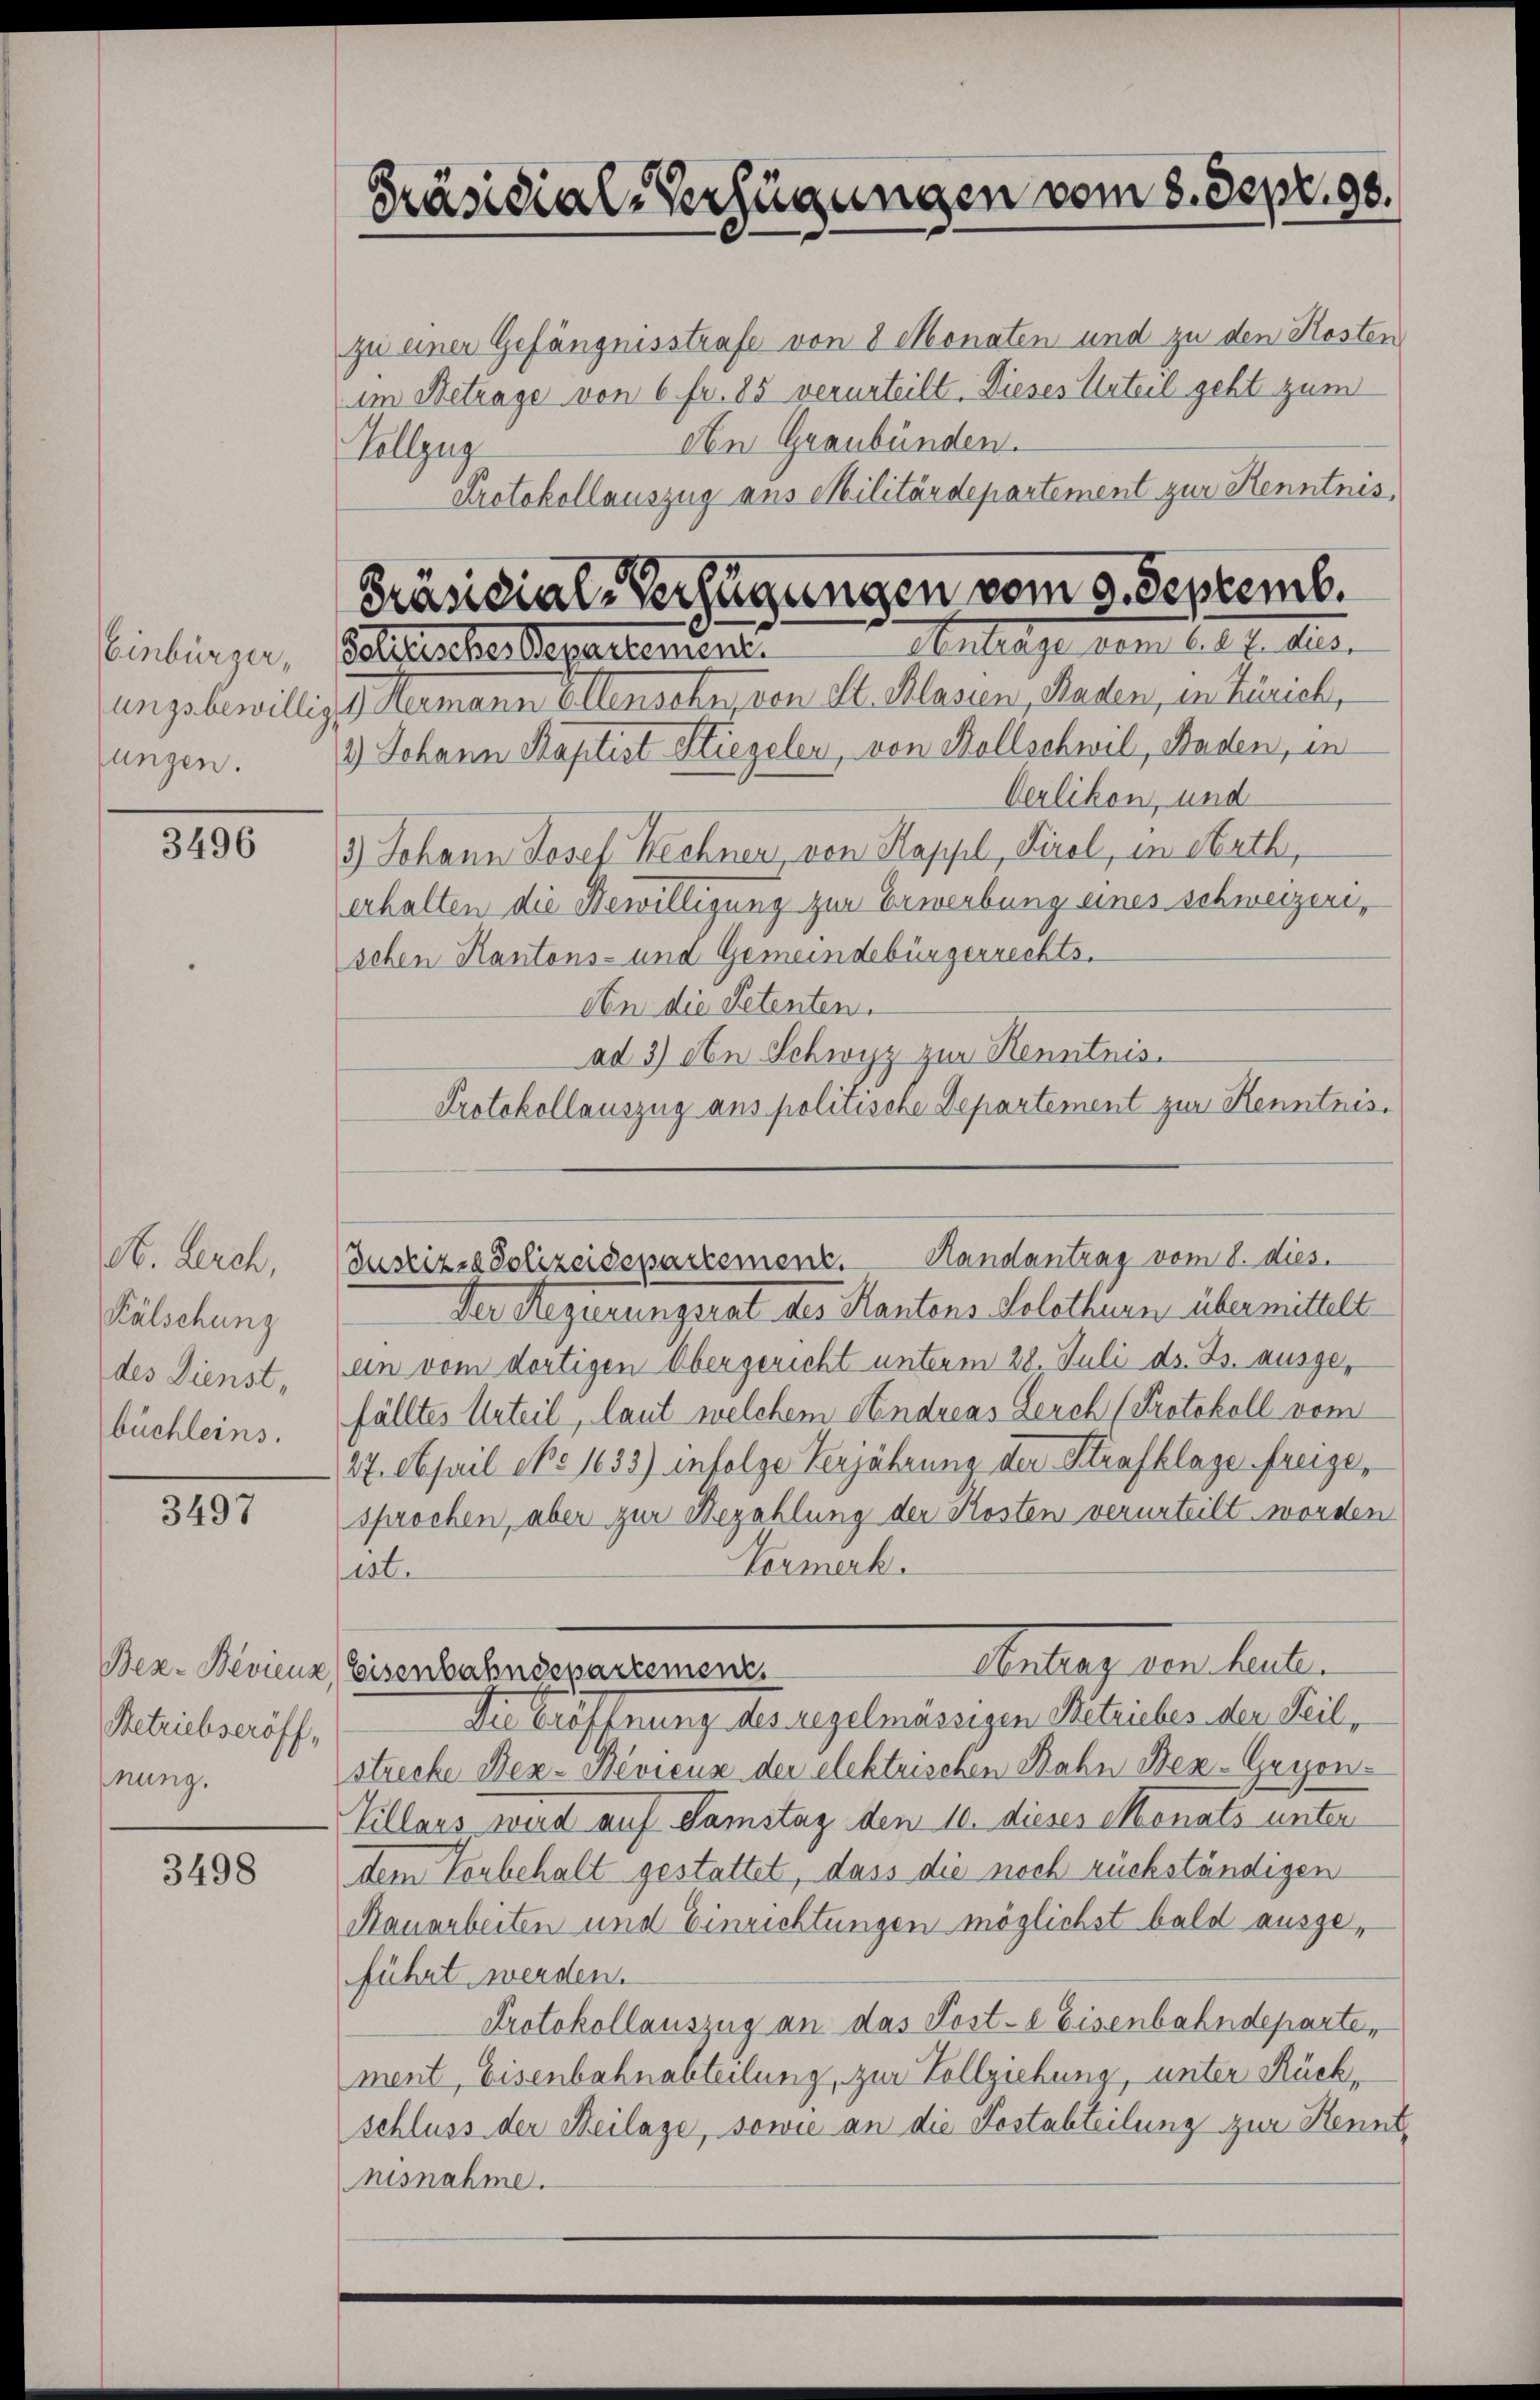
Einbürger,
ungsbewilli
ungen.

3496

H. Berch,
Kälschung
des Dienst,
büchleins.

3497

Bez-Bevieux,
Betriebseröff,
mung.

3498

Präsidial-Verfügungen vom 8. Sept. 98.

Präsidial-Verfügungen vom 5. Septemb.
Antrage vom 6. d. 7. dies
Solitische Departement.

Justiz-Polizeidepartement. Handantrag vom 8. dies.

Der Regierungsrat des Kantons Solothurn übermittelt
ein vom dortigen Obergericht unterm 28. Juli d. Js. ausgefälltes Urteil, laut welchem Stendreas Leuch (Protokoll vom
27. April epo 1633) infolge Verjährung der Strafklage freize,
sprochen, aber zur Bezahlung der Kosten verurteilt worden
Vormerk.
ist.
Melang von halten
Eisenbahndepartement
Die Eröffnung des regelmässigen Betriebes der Teil,
strecke Bez-Bevicus der elektrischen Bahn Ber-Gegen¬
Villars wird auf Samstag den 10. dieses Menats unter
dem Vorbehalt gestattet, dass die noch rückständigen
Rauarbeiten und Einrichtungen möglichst bald ausgeführt werden.
Protokollauszug an das Koste Eisenbahndeparten
ment, Eisenbahnabteilung, zur Vollziehung, unter Rückschluss der Beilage, sowie an die Kostabteilung zur Kennt,
nisnahme.

zu einer Gefängnisstrafe von 8 Monaten und zu den Kosten
im Betrage von 6 fr. 85 verurteilt. Dieses Urteil geht zum
An Graubünden.
Tallzug
Protokollauszug aus Militärdepartement zur Kenntnis,
g.) Neumann Ellensches von M. Klasen, haben, in Zürich,
1.) Johann Kaptist Hiegelen, von Rollschwil, Baden, in
Oerlikon, und
3) Johann Josef Rechner, von Kappl, Tirol, in Arth,
erhalten die Bewilligung zur Erwerbung eines Schweizer,
schen Kantons- und Gemeindebürgerrechts.
An die Petenten.
ad 3) An Schwyz zur Kenntnis.
Protokollauszug aus politische Departement zur Kenntnis¬